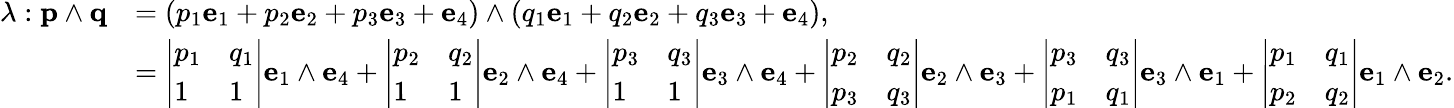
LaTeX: {\begin{array}{rl}{\lambda:\mathbf{p}\wedge\mathbf{q}}&{=(p_{1}\mathbf{e}_{1}+p_{2}\mathbf{e}_{2}+p_{3}\mathbf{e}_{3}+\mathbf{e}_{4})\wedge(q_{1}\mathbf{e}_{1}+q_{2}\mathbf{e}_{2}+q_{3}\mathbf{e}_{3}+\mathbf{e}_{4}),}\\ &{={\left|\begin{array}{ll}{p_{1}}&{q_{1}}\\ {1}&{1}\end{array}\right|}\mathbf{e}_{1}\wedge\mathbf{e}_{4}+{\left|\begin{array}{ll}{p_{2}}&{q_{2}}\\ {1}&{1}\end{array}\right|}\mathbf{e}_{2}\wedge\mathbf{e}_{4}+{\left|\begin{array}{ll}{p_{3}}&{q_{3}}\\ {1}&{1}\end{array}\right|}\mathbf{e}_{3}\wedge\mathbf{e}_{4}+{\left|\begin{array}{ll}{p_{2}}&{q_{2}}\\ {p_{3}}&{q_{3}}\end{array}\right|}\mathbf{e}_{2}\wedge\mathbf{e}_{3}+{\left|\begin{array}{ll}{p_{3}}&{q_{3}}\\ {p_{1}}&{q_{1}}\end{array}\right|}\mathbf{e}_{3}\wedge\mathbf{e}_{1}+{\left|\begin{array}{ll}{p_{1}}&{q_{1}}\\ {p_{2}}&{q_{2}}\end{array}\right|}\mathbf{e}_{1}\wedge\mathbf{e}_{2}.}\end{array}}